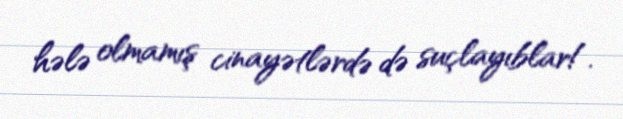
hələ olmamış cinayətlərdə də suçlayıblar!.